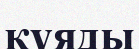
қүяды